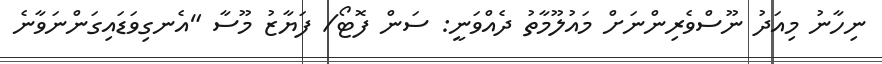
ނިހާނު މިއަދު ނޫސްވެރިންނަށް މައުލޫމާތު ދެއްވަނީ: ސަން ފޮޓޯ/ ފަޔާޒު މޫސާ "އެނގިވަޑައިގަންނަވާނެ